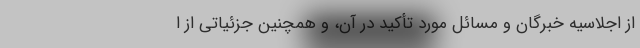
از اجلاسیه خبرگان و مسائل مورد تأکید در آن، و همچنین جزئیاتی از ا